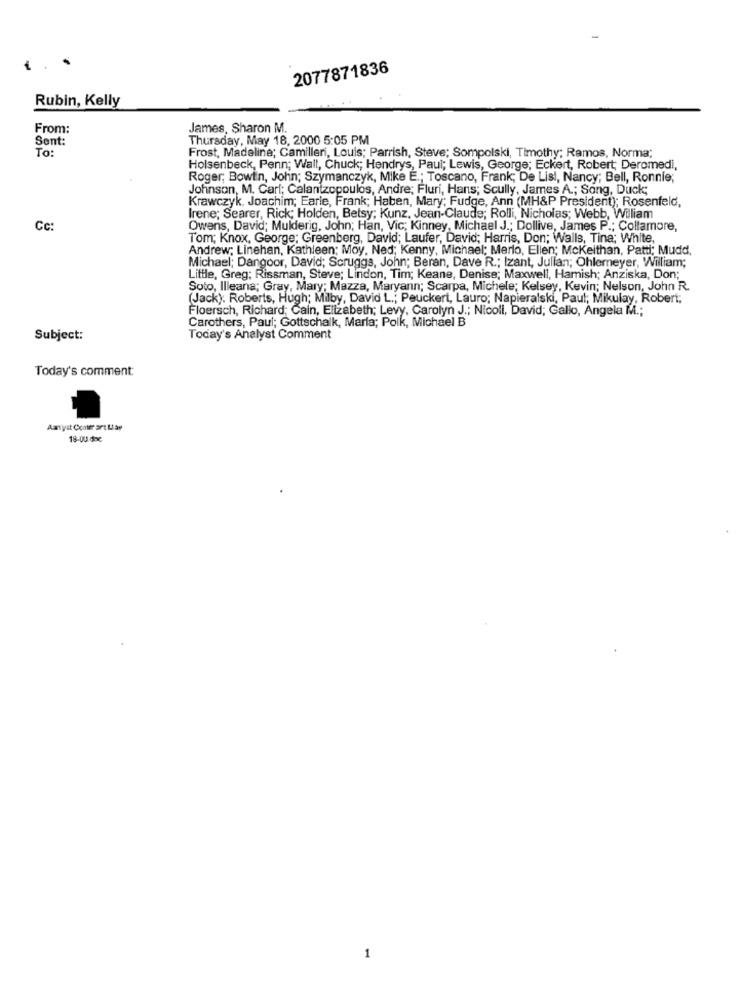
2077871836
Rubin, Kelly
From:
James, Sharon M.
Sent:
Thursday, May 18, 2000 5:05 PM
Frost, Madeline; Camilleri, Louis; Parrish, Steve; Sompolski, Timothy; Ramos, Norma;
To:
Holsenbeck, Penn; Wall, Chuck; Hendrys, Paul; Lewis, George; Eckert, Robert; Deromedi,
Roger; Bowtn, John; Szymanczyk, Mike E .; Toscano, Frank; De Lisl, Nancy; Bell, Ronnie;
Johnson, M. Carl; Calantzopoulos, Andre; Fluri, Hans; Scully, James A .; Song, Duck;
Krawczyk, Joachim; Earle, Frank; Haben, Mary; Fudge, Ann (MH&P President); Rosenfeld,
Irene; Searer, Rick; Holden, Betsy; Kunz, Jean-Claude; Rolli, Nicholas; Webb, William
Cc:
Owens, David; Mulderig, John; Han, Vic; Kinney, Michael J .; Dollive, James P .; Collamore,
Tom; Knox, George; Greenberg, David; Laufer, David; Harris, Don; Walls, Tina; White,
Andrew: Linehan, Kathleen; Moy, Ned; Kenny, Michael; Merlo, Ellen; Mckeithan, Patti; Mudd,
Michael; Dangoor, David; Scruggs, John; Beran, Dave R .; Izant, Julian; Ohlemeyer, William;
Little, Greg; Rissman, Steve; Lindon, Tim; Keane, Denise; Maxwell, Hamish; Anziska, Don;
Soto, Illeana; Gray, Mary; Mazza, Maryann; Scarpa, Michele; Kelsey, Kevin; Nelson, John R.
(Jack). Roberts, Hugh; Milby, David L .; Peuckert, Lauro; Napieralski, Paul; Mikulay, Robert;
Floersch, Richard; Cain, Elizabeth; Levy, Carolyn J .; Nicoll, David; Gallo, Angela M .;
Carothers, Paul; Gottschalk, Marla; Polk, Michael B
Subject:
Today's Analyst Comment
Today's comment:
Aayat Conter ort Lap
18-00 dnc